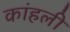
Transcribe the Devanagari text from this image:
कांहली